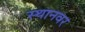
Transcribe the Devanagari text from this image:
स्थानवर